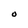
Character: O